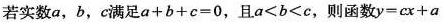
若实数a，b，c满足$$a + b + c = 0$$，且a＜b＜c，则函数$$y = c x + a$$